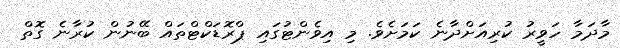
މާދަމާ ހަވީރު ކުރިއަށްދާނެ ކަމަށެވެ. މި އިވެންޓުގައި ޕްރޮޑަކްޓްތައް ބޭނުން ކުރާނެ ގޮތް